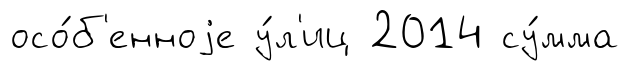
осо́б'енноjе у́л'иц 2014 су́мма